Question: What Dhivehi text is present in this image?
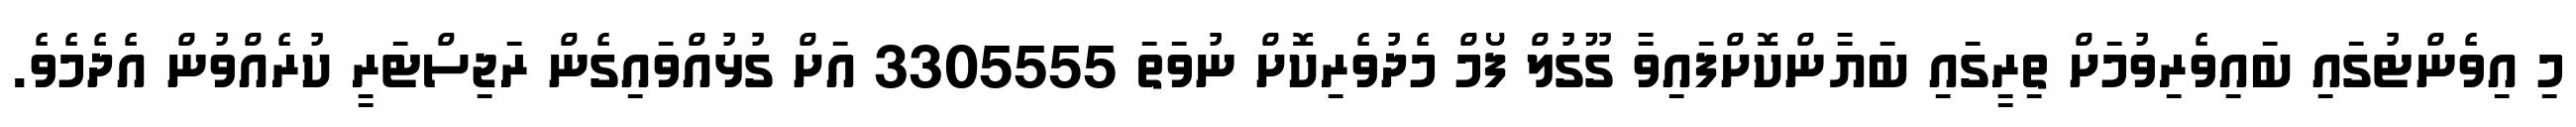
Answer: މި އިވެންޓުގައި ބައިވެރިވުމަށް ތިރީގައި ބަޔާންކޮށްފައިވާ ގޫގުލް ފޯމް މެދުވެރިކޮށް ނުވަތަ 3305555 އަށް ގުޅުއްވައިގެން ރަޖިސްޓަރީ ކުރެއްވުން އެދެމެވެ.